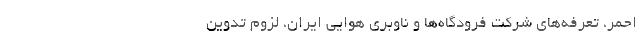
احمر، تعرفه‌های شرکت فرودگاه‌ها و ناوبری هوایی ایران، لزوم تدوین